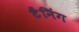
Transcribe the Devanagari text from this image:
टैंनिंग